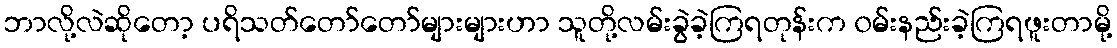
ဘာလို့လဲဆိုတော့ ပရိသတ်တော်တော်များများဟာ သူတို့လမ်းခွဲခဲ့ကြရတုန်းက ၀မ်းနည်းခဲ့ကြရဖူးတာမို့